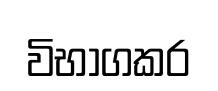
විභාගකර